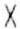
X